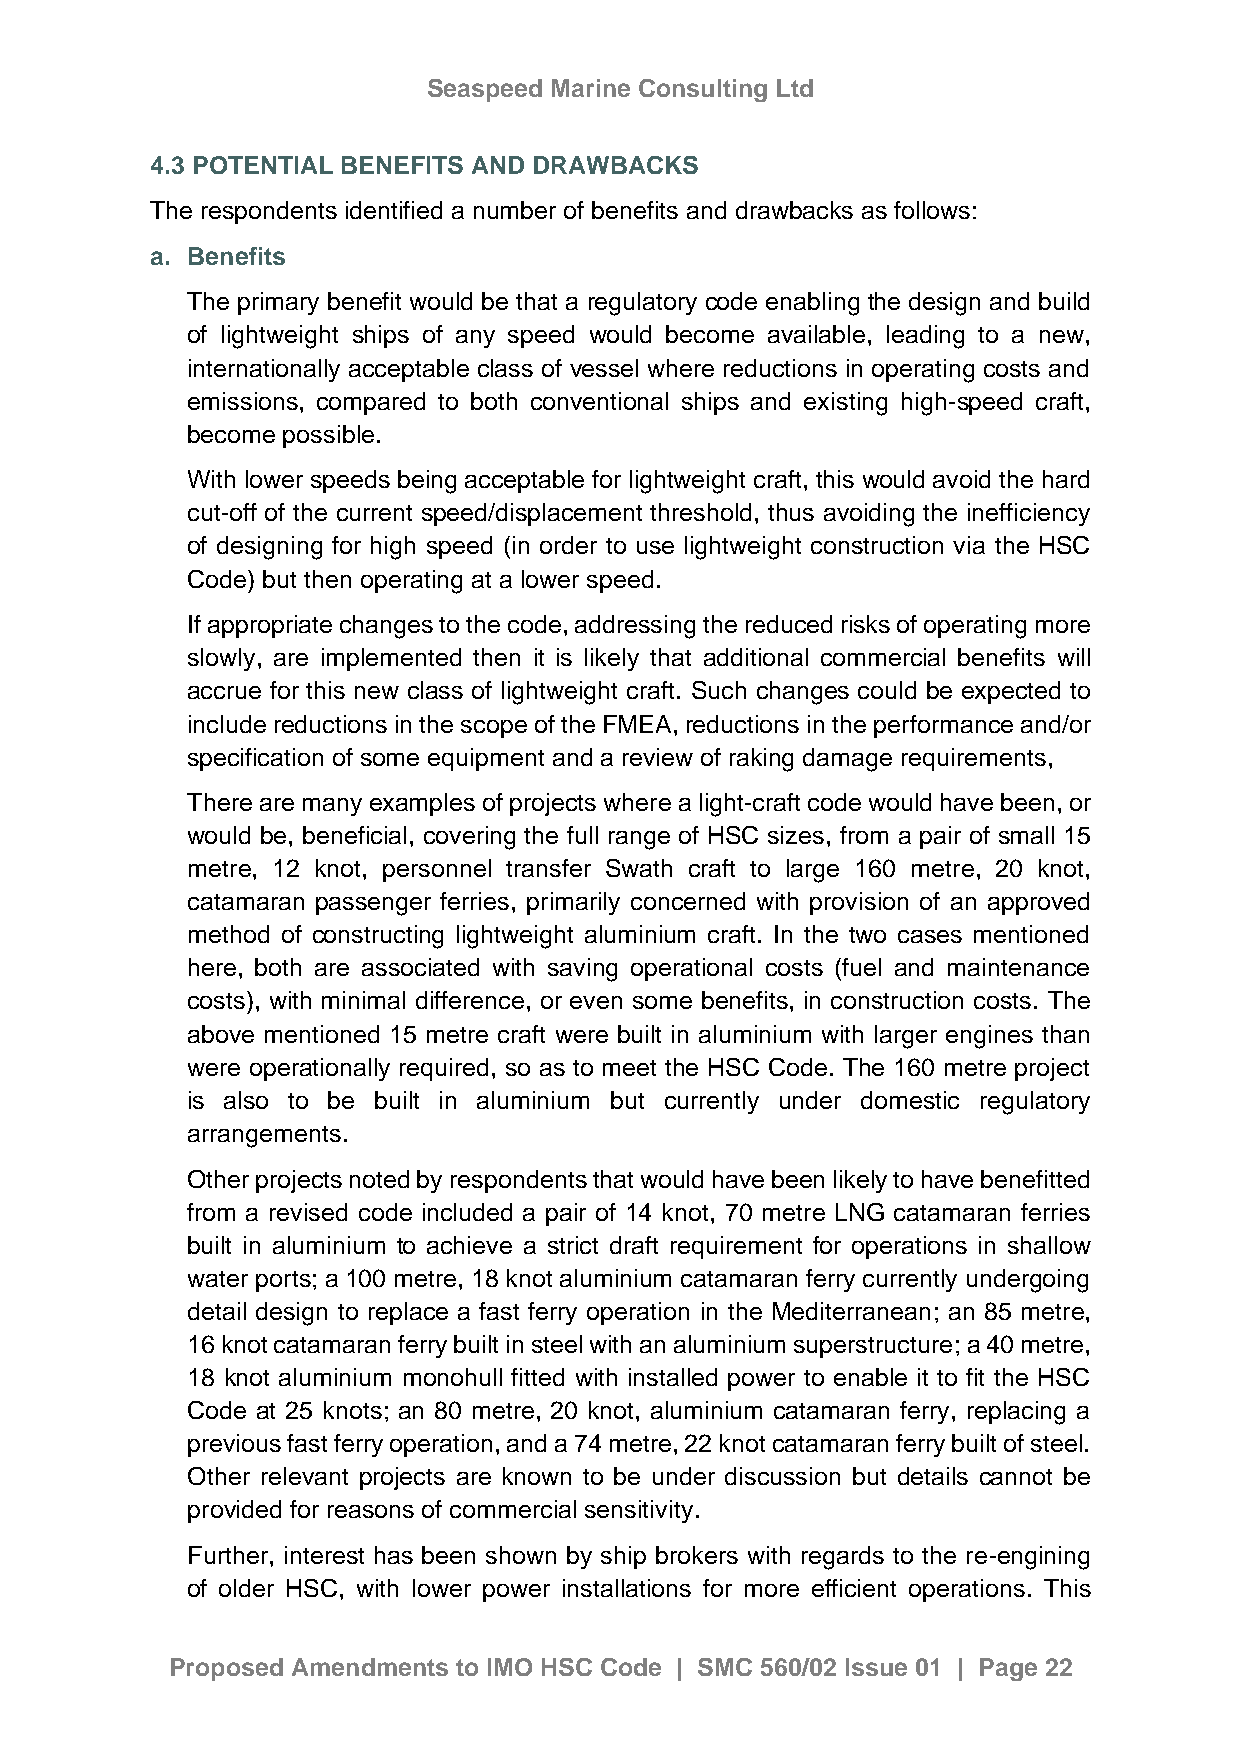
Seaspeed Marine Consulting Ltd
 4.3 POTENTIAL BENEFITS AND DRAWBACKS
 The respondents identified a number of benefits and drawbacks as follows:
 a. Benefits
 The primary benefit would be that a regulatory code enabling the design and build
 of lightweight ships of any speed would become available, leading to a new,
 internationally acceptable class of vessel where reductions in operating costs and
 emissions, compared to both conventional ships and existing high-speed craft,
 become possible.
 With lower speeds being acceptable for lightweight craft, this would avoid the hard
 cut-off of the current speed/displacement threshold, thus avoiding the inefficiency
 of designing for high speed (in order to use lightweight construction via the HSC
 Code) but then operating at a lower speed.
 If appropriate changes to the code, addressing the reduced risks of operating more
 slowly, are implemented then it is likely that additional commercial benefits will
 accrue for this new class of lightweight craft. Such changes could be expected to
 include reductions in the scope of the FMEA, reductions in the performance and/or
 specification of some equipment and a review of raking damage requirements,
 There are many examples of projects where a light-craft code would have been, or
 would be, beneficial, covering the full range of HSC sizes, from a pair of small 15
 metre, 12 knot, personnel transfer Swath craft to large 160 metre, 20 knot,
 catamaran passenger ferries, primarily concerned with provision of an approved
 method of constructing lightweight aluminium craft. In the two cases mentioned
 here, both are associated with saving operational costs (fuel and maintenance
 costs), with minimal difference, or even some benefits, in construction costs. The
 above mentioned 15 metre craft were built in aluminium with larger engines than
 were operationally required, so as to meet the HSC Code. The 160 metre project
 is also to be built in aluminium but currently under domestic regulatory
 arrangements.
 Other projects noted by respondents that would have been likely to have benefitted
 from a revised code included a pair of 14 knot, 70 metre LNG catamaran ferries
 built in aluminium to achieve a strict draft requirement for operations in shallow
 water ports; a 100 metre, 18 knot aluminium catamaran ferry currently undergoing
 detail design to replace a fast ferry operation in the Mediterranean; an 85 metre,
 16 knot catamaran ferry built in steel with an aluminium superstructure; a 40 metre,
 18 knot aluminium monohull fitted with installed power to enable it to fit the HSC
 Code at 25 knots; an 80 metre, 20 knot, aluminium catamaran ferry, replacing a
 previous fast ferry operation, and a 74 metre, 22 knot catamaran ferry built of steel.
 Other relevant projects are known to be under discussion but details cannot be
 provided for reasons of commercial sensitivity.
 Further, interest has been shown by ship brokers with regards to the re-engining
 of older HSC, with lower power installations for more efficient operations. This
 Proposed Amendments to IMO HSC Code | SMC 560/02 Issue 01 | Page 22